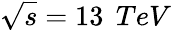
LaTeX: \sqrt{s}=13\, \; TeV